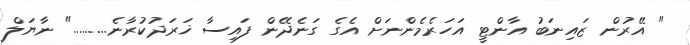
" އޭރުން ޒައިނަބު އާންޓީ އަހަރެމެންނަށް އެގެ ގަނެދޭން ފައިސާ ޚަރަދުކުރާނެ........." ނާޔަލް